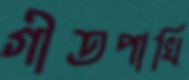
গীতপাখি